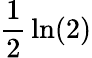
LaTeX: {\frac{1}{2}}\ln(2)